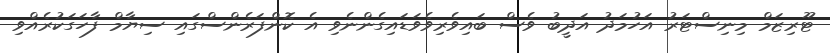
ޓޫރިޒަމް މިނިސްޓަރު އަހުމަދު އަދީބު ވެސް ބައިވެރިވެވަޑައިގެންނެވި އެ ކޮންފަރެންސްގައި ސިޔާމް ފާހަގަކުރެއްވި